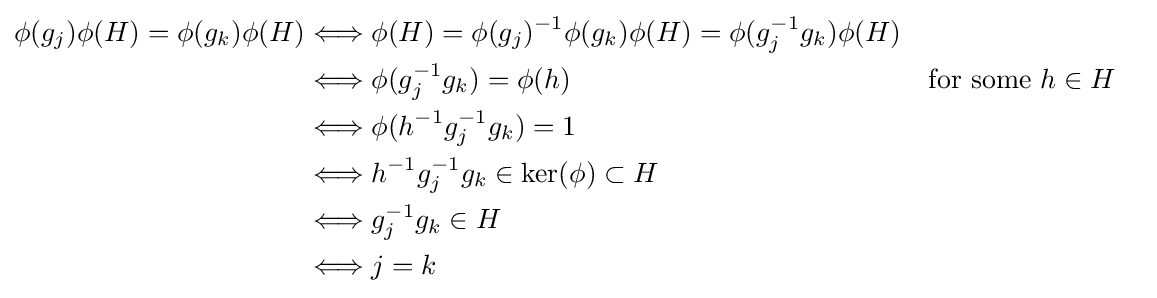
{\begin{aligned}\phi (g_{j})\phi (H)=\phi (g_{k})\phi (H)&\Longleftrightarrow \phi (H)=\phi (g_{j})^{-1}\phi (g_{k})\phi (H)=\phi (g_{j}^{-1}g_{k})\phi (H)\\&\Longleftrightarrow \phi (g_{j}^{-1}g_{k})=\phi (h)&&{\text{for some }}h\in H\\&\Longleftrightarrow \phi (h^{-1}g_{j}^{-1}g_{k})=1\\&\Longleftrightarrow h^{-1}g_{j}^{-1}g_{k}\in \ker(\phi )\subset H\\&\Longleftrightarrow g_{j}^{-1}g_{k}\in H\\&\Longleftrightarrow j=k\\\end{aligned}}